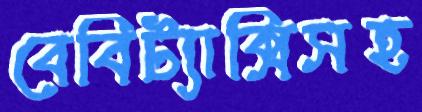
বেবিট্যাক্সিসহ